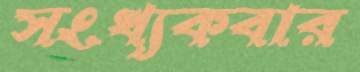
সংখ্যকবার